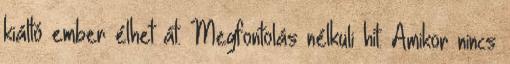
kiáltó ember élhet át. Megfontolás nélküli hit. Amikor nincs